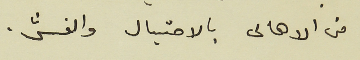
من الاهالى بالاحتيال والغش .